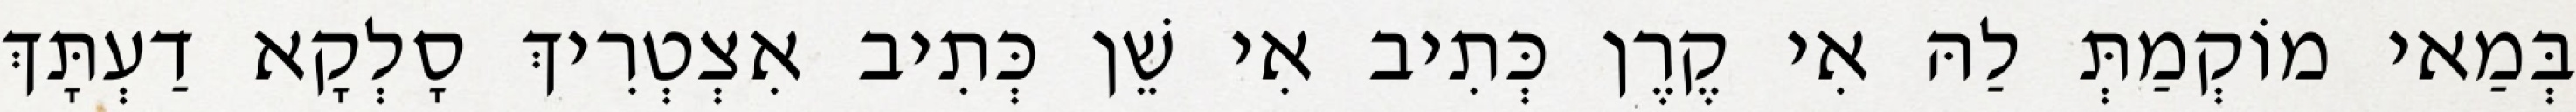
בְּמַאי מוֹקְמַתְּ לַהּ אִי קֶרֶן כְּתִיב אִי שֵׁן כְּתִיב אִצְטְרִיךְ סָלְקָא דַעְתָּךְ